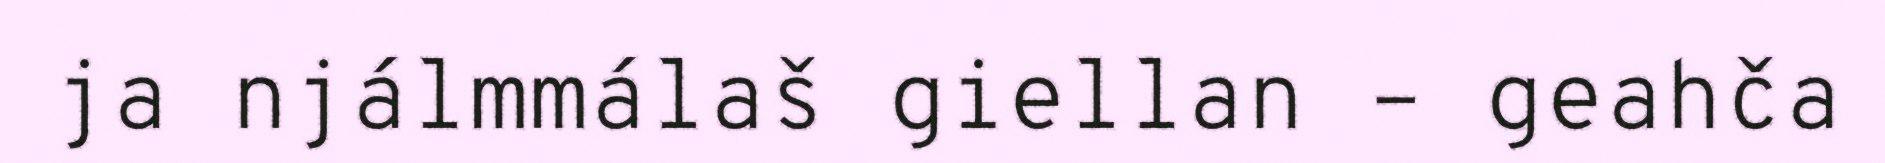
ja njálmmálaš giellan – geahča